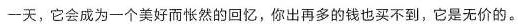
一天，它会成为一个美好而怅然的回忆，你出再多的钱也买不到，它是无价的。